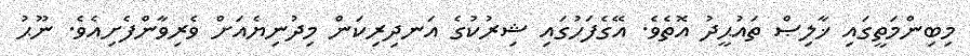
މިބިންމަތީގައި ޚާލިޞް ތައުޙީދު އޮތެވެ. އޭގެފަހުގައި ޝިރުކުގެ އަނދިރިކަން މިދުނިޔެއަށް ވެރިވާންފެށިއެވެ. ނޫޙު